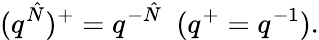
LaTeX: (q^{\hat{N}})^{+}=q^{-\hat{N}}\ \ (q^{+}=q^{-1}).